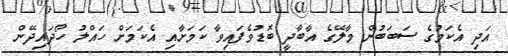
އަދި އެކަމުގެ ސަބަބުން މާލޭގެ އާބާދީ ބޮޑުވެފައިވާ ކަމަށާއި އެކަމަށް ހައްލު ހޯދައިދޭން